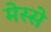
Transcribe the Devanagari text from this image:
मेस्से